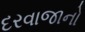
દરવાજાનો